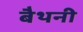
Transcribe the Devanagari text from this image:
बैथनी